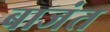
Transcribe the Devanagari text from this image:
बाजंत